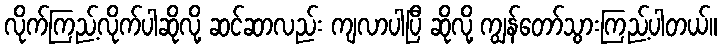
လိုက်ကြည့်လိုက်ပါဆိုလို့ ဆင်ဆာလည်း ကျလာပါပြီ ဆိုလို့ ကျွန်တော်သွားကြည့်ပါတယ်။